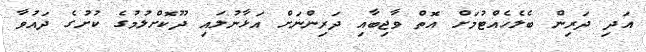
އަދި ދަރިން ބެލެހެއްޓުމަށް އޮތް ވާޖިބާއި ދަރިންނަށް އަޅާނުލައި ދޫކޮށްލުމުގެ ކުށުގެ ދައުވާ